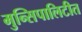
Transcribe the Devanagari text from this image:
मुन्सिपालिटीत